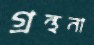
গ্রন্থনা